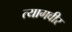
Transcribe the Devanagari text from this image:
त्यागवीर